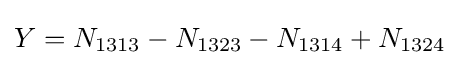
Y=N_{1313}-N_{1323}-N_{1314}+N_{1324}